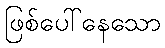
ဖြစ်ပေါ်နေသော